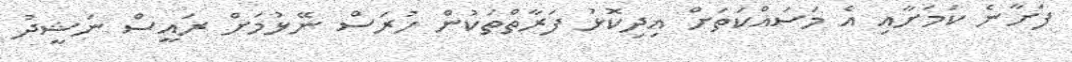
ފަށާނެ ކަމަށާއި އެ މަސައްކަތަށް އިދިކޮޅު ފަރާތްތަކުން ހުރަސް ނޭޅުމަށް ރައީސް ނަޝީދު